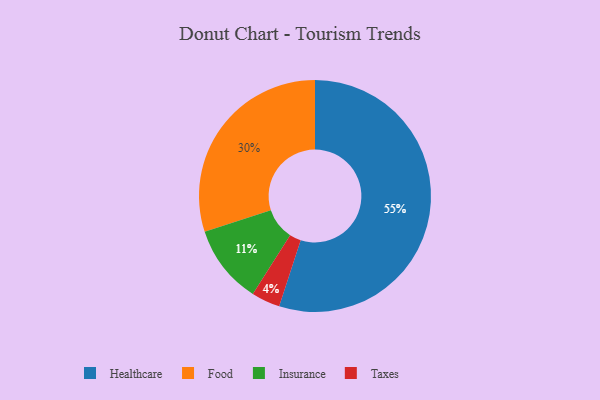
{"axis": {"x": "Category", "y": "Percentage"}, "legend": ["Food", "Healthcare", "Insurance", "Taxes"], "data": [{"x": "Taxes", "y": 4, "type": "Taxes"}, {"x": "Healthcare", "y": 55, "type": "Healthcare"}, {"x": "Insurance", "y": 11, "type": "Insurance"}, {"x": "Food", "y": 30, "type": "Food"}]}